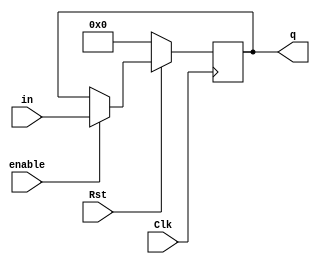
// ECE 5367
// Program Counter
// This is a clocked program counter for a processor
// with an enable bit for to load the new pc in.
// 
// Inputs:
//   in [31:0]: Address to access
//   enable: Loads the new pc value in when high
//   Clk
//   Rst
//
// Outputs:
//   q [31:0]: outputs address

module pc(
          input [31:0] in,
          output reg[31:0] q,
          input enable,
          input Clk,
          input Rst);
    
    always @(posedge Clk)
    if (Rst == 1'b0)
    begin
        q <= 32'h00000000;
    end
    else
    begin
        if (enable == 1)
        begin
            q <= in;
        end
    end
endmodule